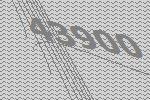
43900